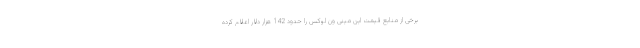
برخی از منابع قیمت این مینی ون لوکس را حدود 142 هزار دلار اعلام کرده